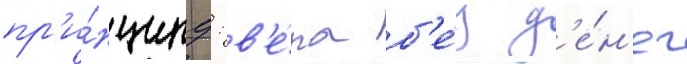
пр'и́нципу: в'е́ра б'е́з д'е́н'ег